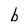
Character: b